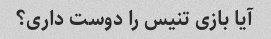
آیا بازی تنیس را دوست داری؟